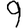
Digit: 9